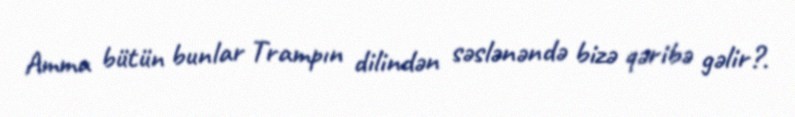
Amma bütün bunlar Trampın dilindən səslənəndə bizə qəribə gəlir?.